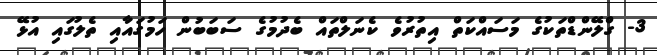
3- ގްލޭންޑްތަކުގެ މަސައްކަތް އިތުރުވެ ކެނަލްތައް ބެދުމުގެ ސަބަބުން ހަމުގައާއި ތެލުގައި އުޅޭ